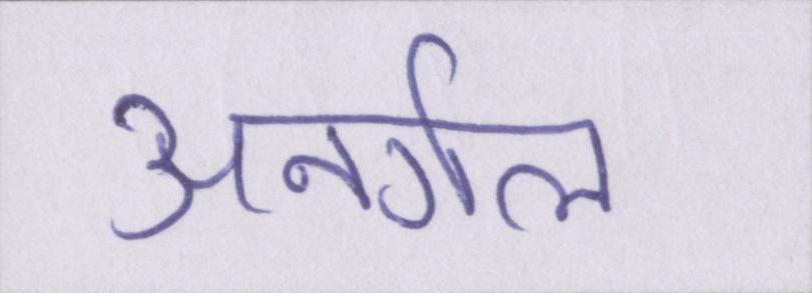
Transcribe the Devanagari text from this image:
अनर्गल